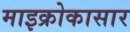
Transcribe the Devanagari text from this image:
माइक्रोकासार